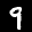
Label: 9